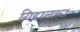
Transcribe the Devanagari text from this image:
गिद्दालूरू